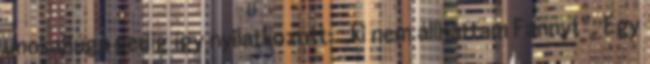
unokahúga pedig így nyilatkozott: „ki nem állhattam Fannyt”. Egy